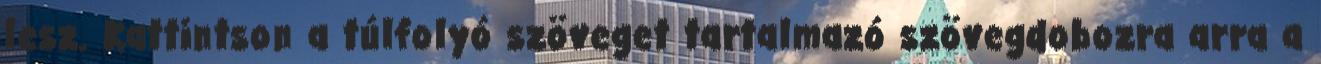
lesz. Kattintson a túlfolyó szöveget tartalmazó szövegdobozra arra a